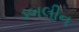
ડબલીન